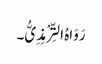
رَوَاہُ التِّرْمِذِیُّ۔